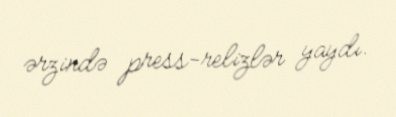
ərzində press-relizlər yaydı.